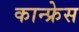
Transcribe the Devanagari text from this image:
कान्फ्रेस